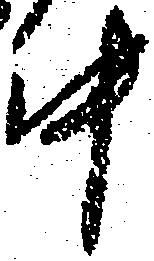
中